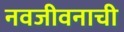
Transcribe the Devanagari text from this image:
नवजीवनाची